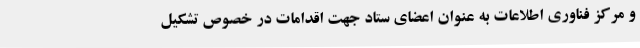
و مرکز فناوری اطلاعات به عنوان اعضای ستاد جهت اقدامات در خصوص تشکیل